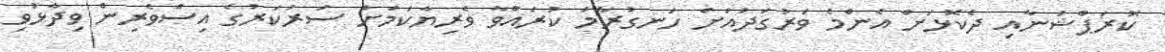
ކޮރަޕްޝަނާއި ދެކޮޅަށް އެންމެ ވަރުގަދައަށް ހަނގުރާމަ ކުރައްވާ ވެރިޔާކަމަށް ސަރުކަރުގެ އިސްވެރިން ވިދާޅުވި